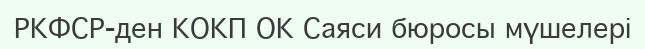
РКФСР-ден КОКП ОК Саяси бюросы мүшелері